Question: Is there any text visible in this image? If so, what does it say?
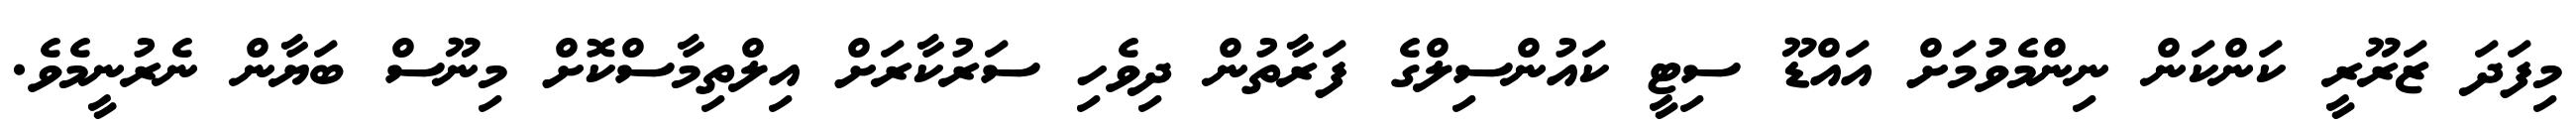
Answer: މިފަދަ ޒަރޫރީ ކަންކަން ނިންމެވުމަށް އައްޑޫ ސިޓީ ކައުންސިލްގެ ފަރާތުން ދިވެހި ސަރުކާރަށް އިލްތިމާސްކޮށް މިނޫސް ބަޔާން ނެރުނީމެވެ.